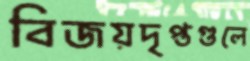
বিজয়দৃপ্তগুলে